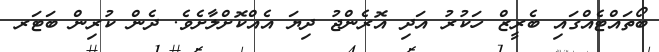
ބޯތައްޓެއްގައި ބެރީޒް ހަކުރު އަދި އޮރެންޖު ދިޔަ އެއްކޮށްލާށެވެ. ދެން ކުރިން ބަޓަރ